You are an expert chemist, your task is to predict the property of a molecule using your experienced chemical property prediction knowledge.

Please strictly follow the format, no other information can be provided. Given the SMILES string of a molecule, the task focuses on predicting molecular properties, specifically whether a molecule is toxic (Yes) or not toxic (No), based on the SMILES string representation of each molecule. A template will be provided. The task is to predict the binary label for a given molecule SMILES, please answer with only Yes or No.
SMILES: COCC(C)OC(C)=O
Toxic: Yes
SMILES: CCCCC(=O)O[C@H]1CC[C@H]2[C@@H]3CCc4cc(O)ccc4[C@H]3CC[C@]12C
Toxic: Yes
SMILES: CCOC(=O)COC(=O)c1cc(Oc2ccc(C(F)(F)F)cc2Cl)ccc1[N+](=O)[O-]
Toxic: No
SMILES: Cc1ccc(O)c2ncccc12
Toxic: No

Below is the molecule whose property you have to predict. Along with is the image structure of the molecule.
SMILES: NCCc1ccc(O)cc1
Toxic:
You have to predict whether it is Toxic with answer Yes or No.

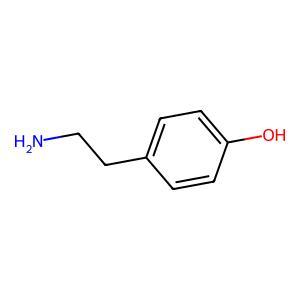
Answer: No